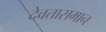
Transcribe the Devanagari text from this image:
देवतासमान